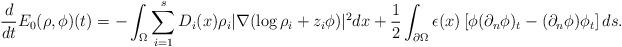
LaTeX: \begin{align*}\frac{d}{dt}E_0(\rho, \phi)(t) & =-\int _{\Omega} \sum_{i=1}^s D_i(x)\rho_i|\nabla (\log \rho_i+z_i\phi) |^2 dx +\frac{1}{2}\int_{\partial\Omega} \epsilon(x) \left[ \phi (\partial_n \phi)_t - (\partial_n \phi )\phi_t \right] ds.\end{align*}